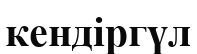
кендіргүл